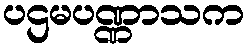
ပဌမပဏ္ဏာသက